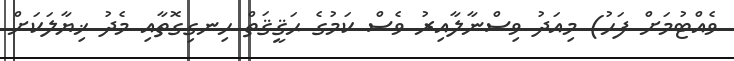
ވެއްޓުމަށް ފަހު) މިއަދު ވިސްނާލާއިރު ވެސް ކަމުގެ ޙަޤީޤަތް ހިނގިގޮތާއި މެދު ޚިޔާލަކަށް